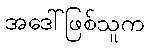
အဒေါ်ဖြစ်သူက